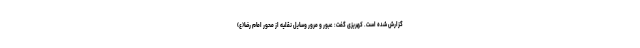
گزارش شده است. کهریزی گفت: عبور و مرور وسایل نقلیه از محور امام رضا(ع)